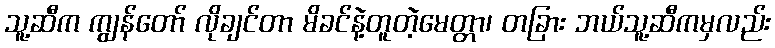
သူ့ဆီက ကျွန်တော် လိုချင်တာ မိခင်နဲ့တူတဲ့မေတ္တာ၊ တခြား ဘယ်သူ့ဆီကမှလည်း